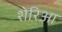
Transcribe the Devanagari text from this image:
शेरिआ